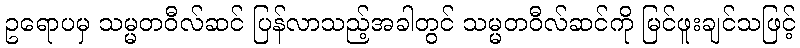
ဥရောပမှ သမ္မတဝီလ်ဆင် ပြန်လာသည့်အခါတွင် သမ္မတဝီလ်ဆင်ကို မြင်ဖူးချင်သဖြင့်